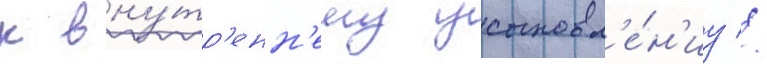
к вну́тр'енн'ему усыновл'е́н'иу //